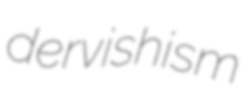
dervishism